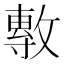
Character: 𭤈